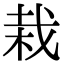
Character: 栽